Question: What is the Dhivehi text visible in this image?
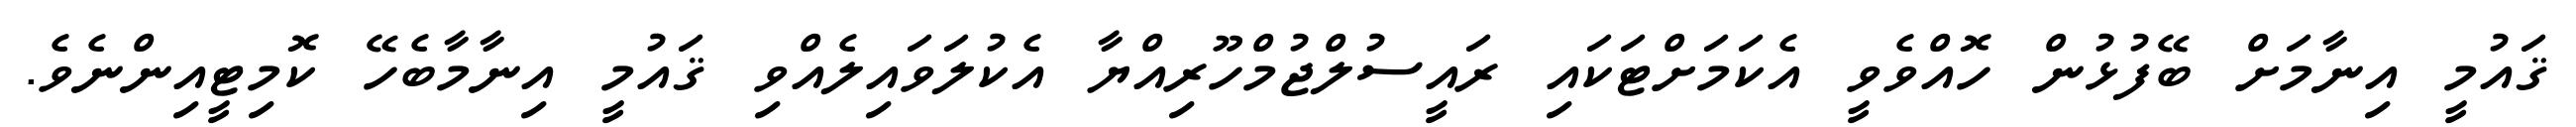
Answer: ޤައުމީ އިނާމަށް ބޭފުޅުން ހޮއްވެވީ އެކަމަށްޓަކައި ރައީސުލްޖުމްހޫރިއްޔާ އެކުލަވައިލެއްވި ޤައުމީ އިނާމާބެހޭ ކޮމިޓީއިންނެވެ.